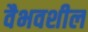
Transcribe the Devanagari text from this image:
वैभवशील